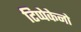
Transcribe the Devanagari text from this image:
टिप्पेकेनो